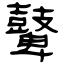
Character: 鼙